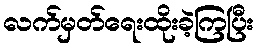
လက်မှတ်ရေးထိုးခဲ့ကြပြီး